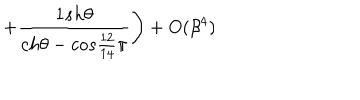
\left. + \frac { 1 s h \theta } { c h \theta - c o s \frac { 1 2 } { 1 4 } \pi } \right) + O ( \beta ^ { 4 } ) \hspace { 3 . 7 c m }